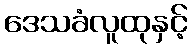
ဒေသခံလူထုနှင့်